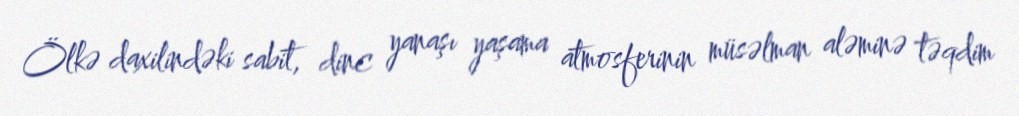
Ölkə daxilindəki sabit, dinc yanaşı yaşama atmosferinin müsəlman aləminə təqdim